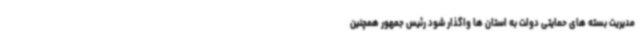
مدیریت بسته های حمایتی دولت به استان ها واگذار شود رئیس جمهور همچنین